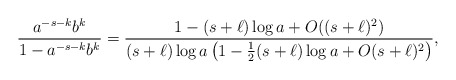
\begin{align*} \frac{a^{-s-k}b^k}{1-a^{-s-k}b^{k}}=\frac{1-(s+\ell)\log a + O((s+\ell)^2)}{(s+\ell)\log a \left( 1-\tfrac{1}{2}(s+\ell)\log a + O(s+\ell)^2\right)},\end{align*}